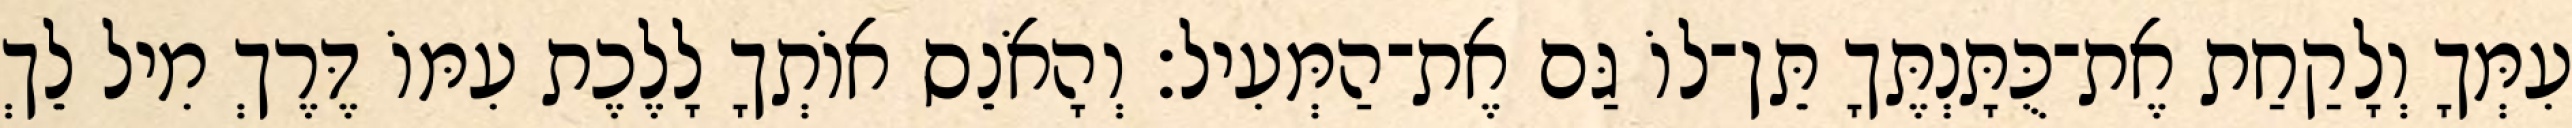
עִמְּךָ וְלָקַחַת אֶת־כֻּתָּנְתֶּךָ תֵּן־לוֹ גַּם אֶת־הַמְּעִיל׃ וְהָאֹנֵס אוֹתְךָ לָלֶכֶת עִמּוֹ דֶּרֶךְ מִיל לֵךְ